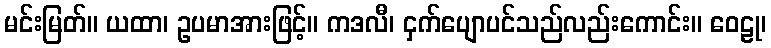
မင်းမြတ်။ ယထာ၊ ဥပမာအားဖြင့်။ ကဒလီ၊ ငှက်ပျောပင်သည်လည်းကောင်း။ ဝေဠု၊